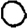
Digit: 0